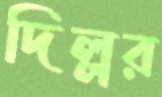
দিল্লর